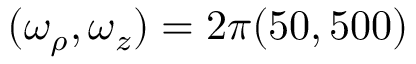
( \omega _ { \rho } , \omega _ { z } ) = 2 \pi ( 5 0 , 5 0 0 )